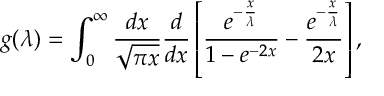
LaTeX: g ( \lambda ) = \int _ { 0 } ^ { \infty } \frac { d x } { \sqrt { \pi x } } \frac { d } { d x } \left[ \frac { e ^ { - \frac { x } { \lambda } } } { 1 - e ^ { - 2 x } } - \frac { e ^ { - \frac { x } { \lambda } } } { 2 x } \right] ,